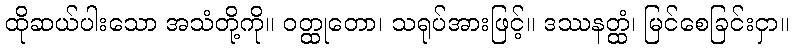
ထိုဆယ်ပါးသော အသံတို့ကို။ ဝတ္ထုတော၊ သရုပ်အားဖြင့်။ ဒဿနတ္ထံ၊ မြင်စေခြင်းငှာ။